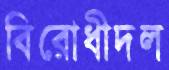
বিরোধীদল